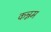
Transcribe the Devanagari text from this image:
कन्नम